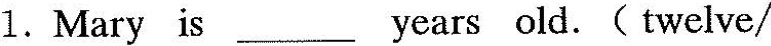
1.Mary is_ years old. ( twelve/